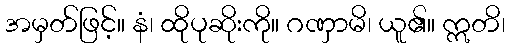
အမှတ်ဖြင့်။ နံ၊ ထိုပုဆိုးကို။ ဂဏှာမိ၊ ယူ၏။ ဣတိ၊